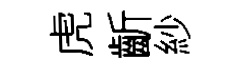
虎齗紗